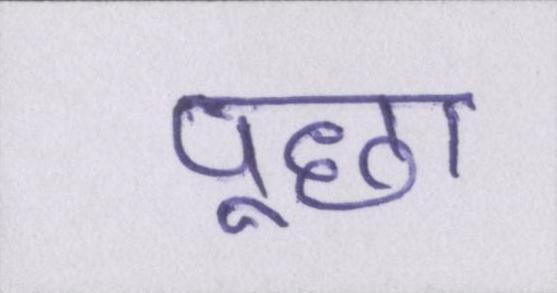
पूछा